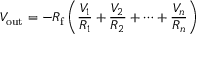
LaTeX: V _ { \mathrm { o u t } } = - R _ { \mathrm { f } } \left( { \frac { V _ { 1 } } { R _ { 1 } } } + { \frac { V _ { 2 } } { R _ { 2 } } } + \cdots + { \frac { V _ { n } } { R _ { n } } } \right)